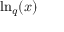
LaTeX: \ln _ { q } ( x )